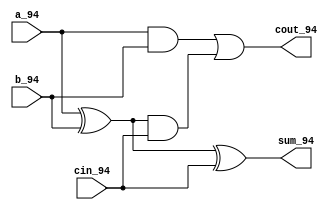
`timescale 1ns / 1ps
//////////////////////////////////////////////////////////////////////////////////
// Company: 
// Engineer: 
// 
// Design Name: 
// Module Name: lab2_part3
// Project Name: 
// Target Devices: 
// Tool Versions: 
// Description: 
// 
// Dependencies: 
// 
// Revision:
// Revision 0.01 - File Created
// Additional Comments:
// 
//////////////////////////////////////////////////////////////////////////////////



module fulladd_struct(sum_94 , cout_94 , a_94 , b_94 , cin_94);

    input a_94 , b_94 , cin_94;
    output sum_94 , cout_94;
    wire s1 , c1, c2;
    
    xor(s1 , a_94 , b_94);
    and(c1 , a_94 , b_94);
    xor(sum_94, s1 , cin_94);
    and(c2 , s1 , cin_94);
    or(cout_94, c1 , c2);
    
   

endmodule